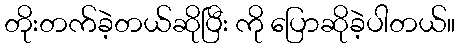
တိုးတက်ခဲ့တယ်ဆိုပြီး ကို ပြောဆိုခဲ့ပါတယ်။